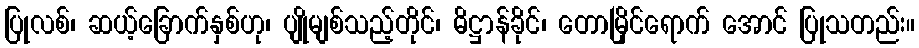
ပြုလစ်၊ ဆယ့်ခြောက်နှစ်ဟု၊ ပျိုမျစ်သည့်တိုင်၊ ဓိဋ္ဌာန်ခိုင်၊ တောမြိုင်ရောက် အောင် ပြုသတည်း။